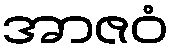
အာဇဝံ